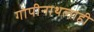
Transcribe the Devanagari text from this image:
गोपीनाथलाही